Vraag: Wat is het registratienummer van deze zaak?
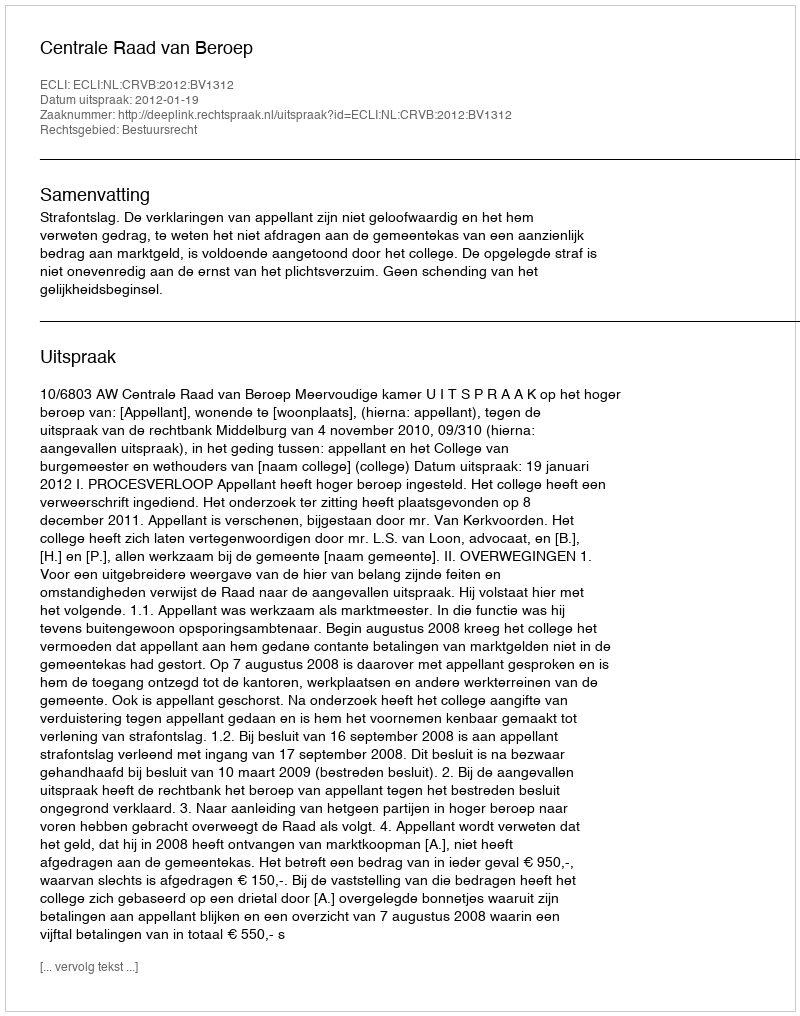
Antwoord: http://deeplink.rechtspraak.nl/uitspraak?id=ECLI:NL:CRVB:2012:BV1312